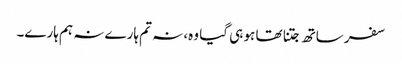
سفر ساتھ جتنا تھا ہو ہی گیا وہ، نہ تم ہارے نہ ہم ہارے۔